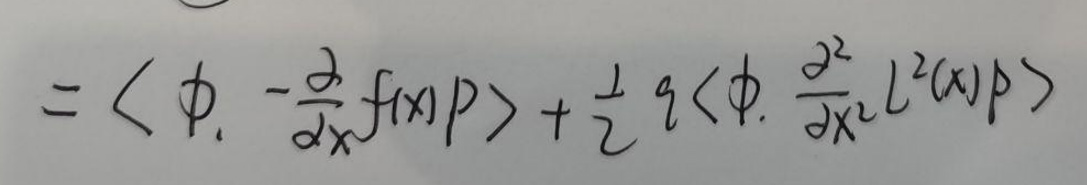
\[
= \left\langle \phi, -\frac{\partial}{\partial x} f(x) p \right\rangle + \frac{1}{2} q \left\langle \phi, \frac{\partial^{2}}{\partial x^{2}} L^{2}(x) p \right\rangle
\]